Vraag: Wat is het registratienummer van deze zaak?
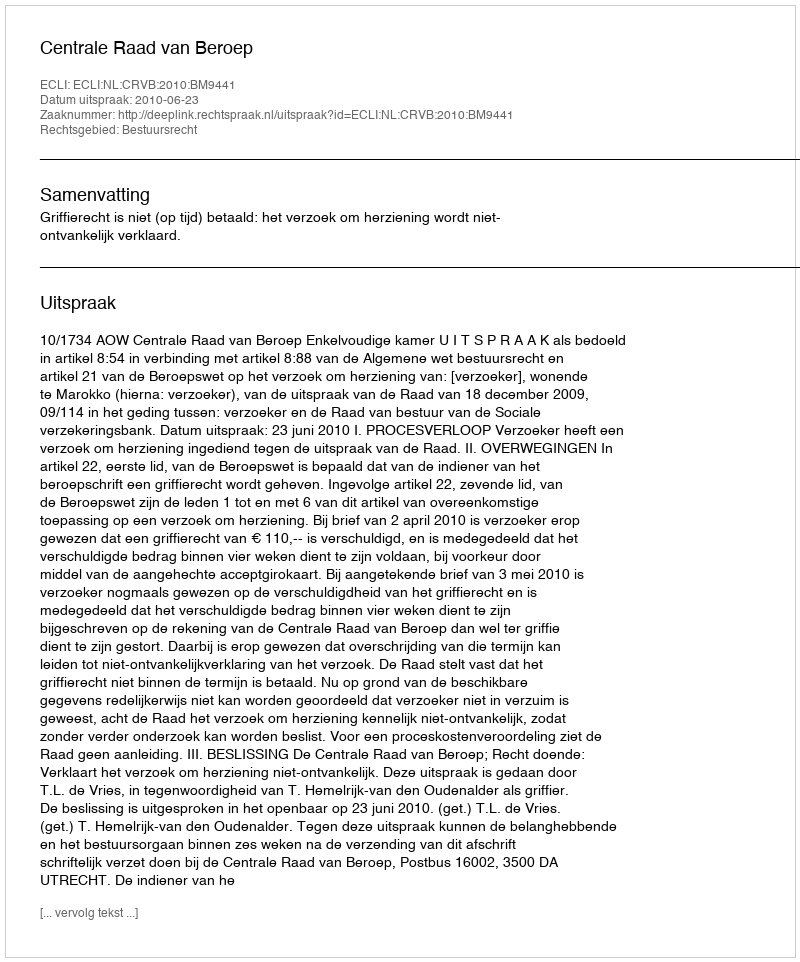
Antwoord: http://deeplink.rechtspraak.nl/uitspraak?id=ECLI:NL:CRVB:2010:BM9441